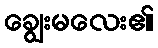
ချွေးမလေး၏